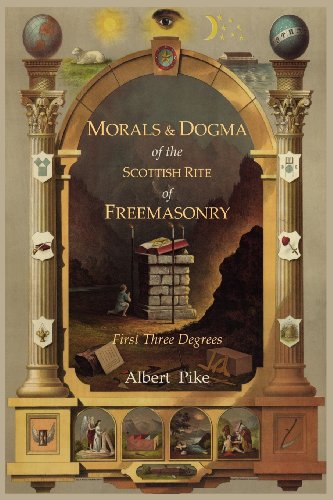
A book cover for Morals and Dogma of The Ancient and Accepted Scottish Rite of Freemasonry: First Three Degrees; Albert Pike; Christian Books & Bibles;